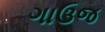
ગાઉજ